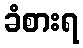
ခံစားရ